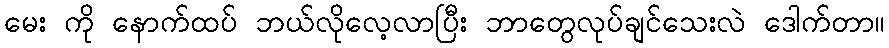
မေး ကို နောက်ထပ် ဘယ်လိုလေ့လာပြီး ဘာတွေလုပ်ချင်သေးလဲ ဒေါက်တာ။